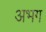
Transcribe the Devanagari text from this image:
अभग